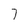
Character: 7